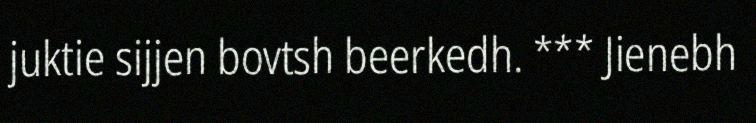
juktie sijjen bovtsh beerkedh. *** Jienebh